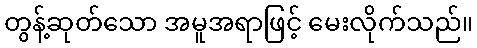
တွန့်ဆုတ်သော အမူအရာဖြင့် မေးလိုက်သည်။